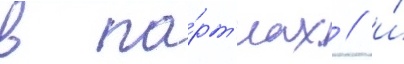
в па́рт'иах / и́